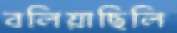
বলিয়াছিলি